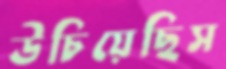
উচিয়েছিস